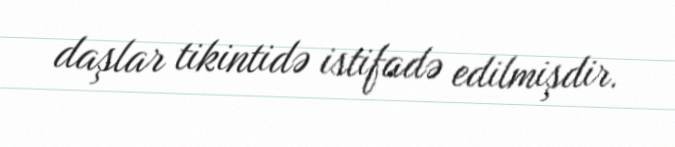
daşlar tikintidə istifadə edilmişdir.